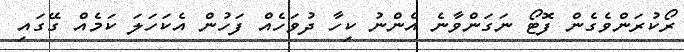
ރޯކުރަންވެގެން ފޮޓޯ ނަގަންވާނެ އެންނު ކިހާ ދުވަހެއް ފަހުން އެކަހަލަ ކަމެއް ގޭގައި